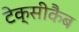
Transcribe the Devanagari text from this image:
टेक्सीकैब